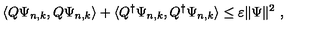
\langle Q \Psi _ { n , k } , Q \Psi _ { n , k } \rangle + \langle Q ^ { \dagger } \Psi _ { n , k } , Q ^ { \dagger } \Psi _ { n , k } \rangle \leq \varepsilon \Vert \Psi \Vert ^ { 2 } \ ,